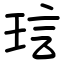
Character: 琂